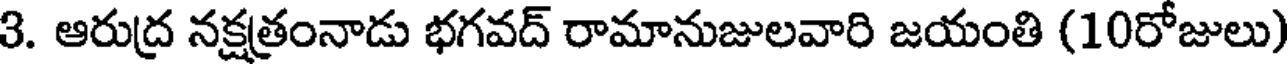
3. ఆరుద్ర నక్షత్రంనాడు భగవద్ రామానుజులవారి జయంతి (10రోజులు)